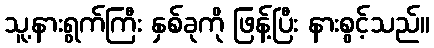
သူ့နားရွက်ကြီး နှစ်ခုကို ဖြန့်ပြီး နားစွင့်သည်။